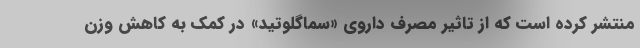
منتشر کرده است که از تاثیر مصرف داروی «سماگلوتید» در کمک به کاهش وزن